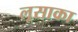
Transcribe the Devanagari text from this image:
लूसाका